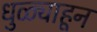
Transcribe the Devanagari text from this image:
धुळ्याहून